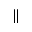
\parallel